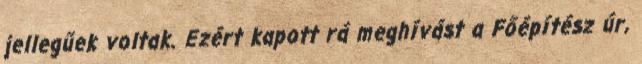
jellegűek voltak. Ezért kapott rá meghívást a Főépítész úr,